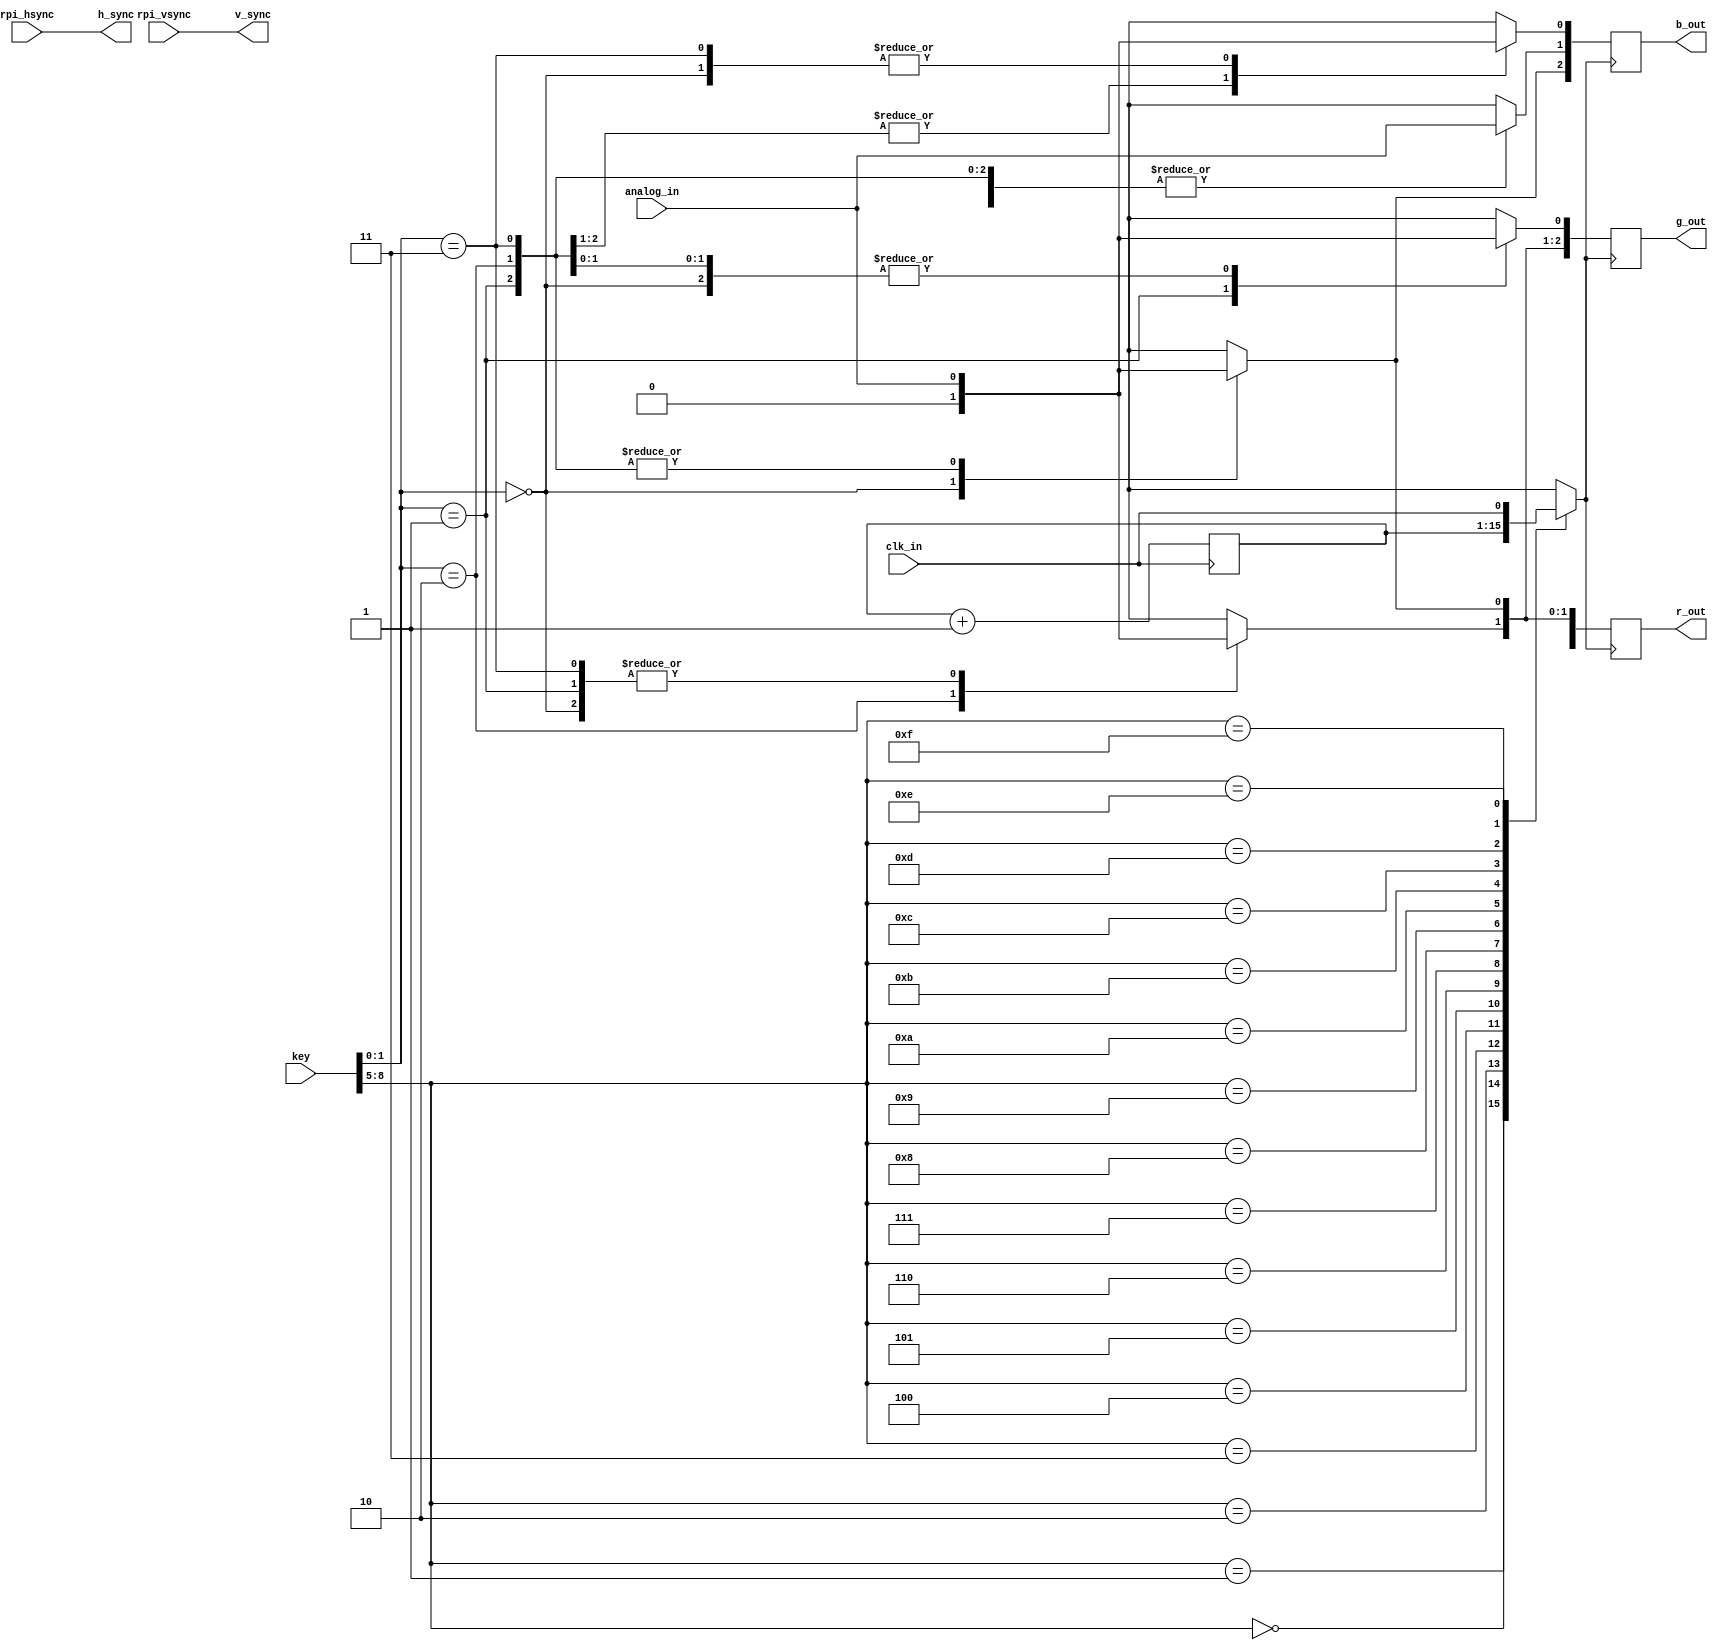
`default_nettype none

module vga_sync_test(

input wire clk_in,

input wire [8:0] key,
//RASPBERRY PI
input wire rpi_hsync, 
input wire rpi_vsync, 
input wire analog_in,

//VGA OUT
output reg [2:0] r_out,
output reg [2:0] b_out,
output reg [2:0] g_out,

output wire h_sync,
output wire v_sync
);


assign h_sync = rpi_hsync;
assign v_sync = rpi_vsync;

reg [14:0] clk_div;

reg sample_rate;

//VGA COLOR OUT

always @(posedge clk_in) begin

	clk_div <= clk_div + 1'b1;
		
end

always @(*) begin

	  case(key[8:5])
	  
		 4'b0000: sample_rate = clk_div[14];  
		 4'b0001: sample_rate = clk_div[13];
		 4'b0010: sample_rate = clk_div[12];
		 4'b0011: sample_rate = clk_div[11];		

		 4'b0100: sample_rate = clk_div[10]; 
		 4'b0101: sample_rate = clk_div[9];
		 4'b0110: sample_rate = clk_div[8];
		 4'b0111: sample_rate = clk_div[7];	

		 4'b1000: sample_rate = clk_div[6];
		 4'b1001: sample_rate = clk_div[5];
		 4'b1010: sample_rate = clk_div[4];
		 4'b1011: sample_rate = clk_div[3];	

		 4'b1100: sample_rate = clk_div[2];
		 4'b1101: sample_rate = clk_div[1];
		 4'b1110: sample_rate = clk_div[0];
		 4'b1111: sample_rate = clk_in;			 

		default: sample_rate = clk_in;
		endcase

end

always @(posedge sample_rate) begin
		
				  case(key[1:0])
				  
					 2'b00: begin 				
								r_out[0] = 1'b0;
								r_out[1] = analog_in;
								r_out[2] = analog_in;

								g_out[0] = analog_in;
								g_out[1] = 1'b0;
								g_out[2] = analog_in;

								b_out[0] = analog_in;
								b_out[1] = analog_in;
								b_out[2] = 1'b0;
							  end 
					 2'b01: begin 				
								r_out[0] = analog_in;
								r_out[1] = analog_in;
								r_out[2] = 1'b0;

								g_out[0] = 1'b0;
								g_out[1] = analog_in;
								g_out[2] = analog_in;

								b_out[0] = 1'b0;
								b_out[1] = analog_in;
								b_out[2] = analog_in;
							  end 
					 2'b10: begin 				
								r_out[0] = analog_in;
								r_out[1] = 1'b0;
								r_out[2] = analog_in;

								g_out[0] = analog_in;
								g_out[1] = analog_in;
								g_out[2] = 1'b0;

								b_out[0] = 1'b0;
								b_out[1] = analog_in;
								b_out[2] = analog_in;
							  end 
					 2'b11:  begin 	

								r_out[0] = analog_in;
								r_out[1] = analog_in;
								r_out[2] = analog_in;

								g_out[0] = analog_in;
								g_out[1] = analog_in;
								g_out[2] = analog_in;

								b_out[0] = analog_in;
								b_out[1] = analog_in;
								b_out[2] = analog_in;
								

							  end 
		 

				default: begin 				
								r_out[0] = analog_in;
								r_out[1] = analog_in;
								r_out[2] = analog_in;

								g_out[0] = analog_in;
								g_out[1] = analog_in;
								g_out[2] = analog_in;

								b_out[0] = analog_in;
								b_out[1] = analog_in;
								b_out[2] = analog_in;
							  end 
				endcase
			
end

endmodule